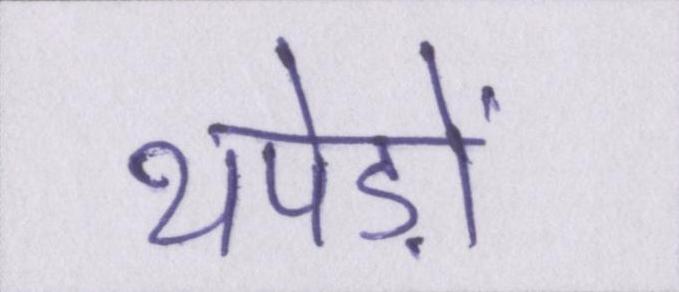
थपेड़ों